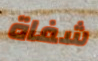
شفاة